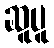
ဆူပူ